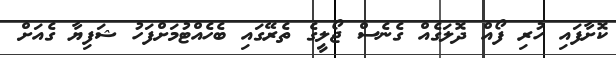
ކޮށާފައި ހުރި ފޯއް ދޮލަގެއް ގެނެސް ޖޯލީގެ ތެރޭގައި ބެހެއްޓުމަށްފަހު ޝަފިޔާ ގެއަށް